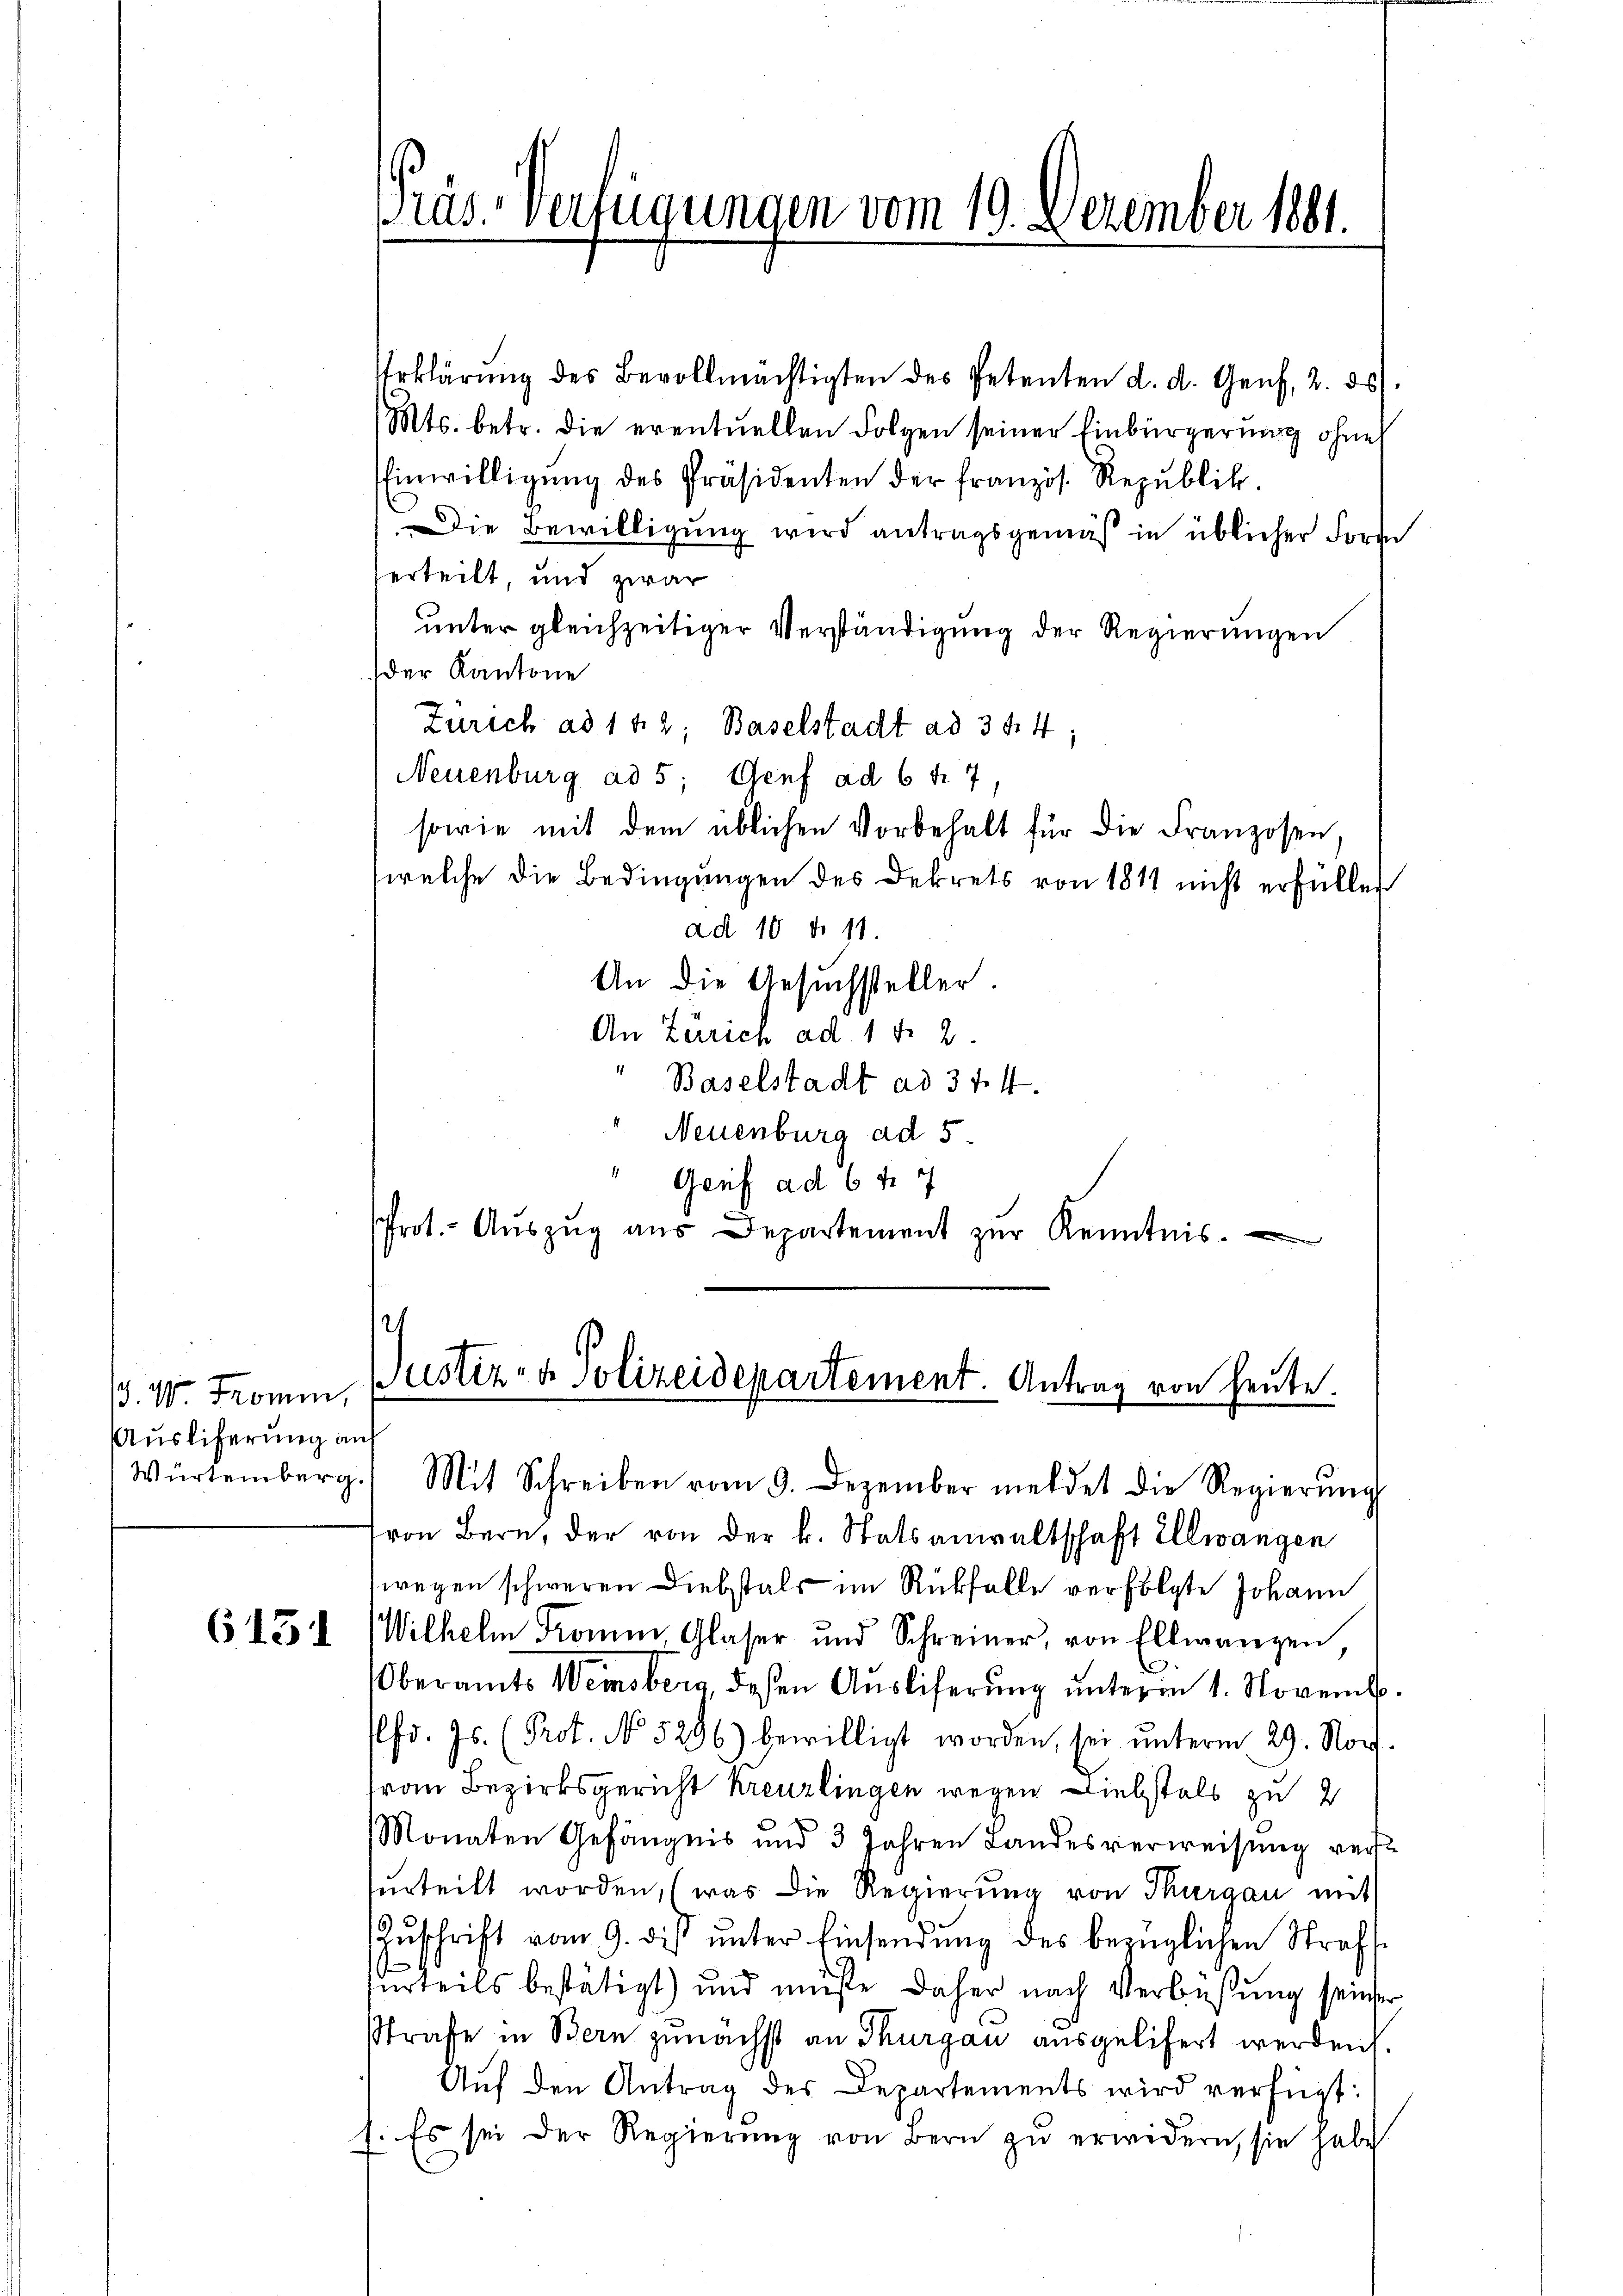
d. W. Fromen,
Auslieferung auf

6451

Präs. Verfügungen vom 19. Dezember 1881.

Erklärŭng des Bevollmächtigten des Petenten d. d. Genf, 2. ds.
Mts. betr. die eventuellen Folgen seiner Einbürgerung ohne
Einwilligŭng des Präsidenten der französ. Republik.
Die Bewilligung wird antragsgemäß in üblicher Forde
erteilt, und zwar
unter gleichzeitiger Verständigung der Regierungen
der Kantone
Zürich ad 1 42; Baselstadt ad 344:
Neuenburg ad 5; Genf ad 6 f. 7,
sowie mit dem üblichen Vorbehalt für die Franzosen,
welche die Bedingungen des Dekrets von 1811 nicht erfüllen
ad 10 d. 11.
An die Gesuchsteller.
An Zürich ad. 1 f 2
" Baselstadt ad 374.
Neuenburg ad 5.
Genf ad 6 f. 7
Prot. - Auszug aus Departement zur Kenntnis.

2
Justiz- & Polizeidepartement. Antrag von heute.

Würtemberg. Mit Schreiben vom 9. Dezember meldet die Regierŭng
von Bern, der von der k. Statsanwaltschaft Ellwangen
wegen schweren Diebstals im Rückfalle verfolgte Johann
Wilhelm Komm, Glaser und Schreiner, von Ellwangen
Oberamts Weinsberg, deßen Ausliferung unterm 1. Novemb.
Pfr. Js. (Prot. No. 5296) bewilligt worden, sei ŭnterm 29. Nov.
Frau Bezirksgericht Kreuzlingen wegen Diebstals zu 2
Monaten Gefängnis und 3 Jahren Landesverweisung reissurteilt worden, (was die Regierŭng von Thurgau mit
Zuschrift vom 9. dis unter Einsendung des bezüglichen Strafurteils bestätigt) und müße daher nach Verbüßung seiner
Strafe in Bern zunächst an Thurgau ausgelifert werden.
Auf den Antrag des Departements wird verfügt:
1. Es sei der Regierung von Bern zu erwidern, sie habe